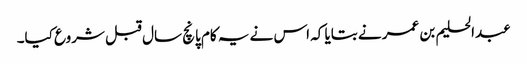
عبدالحلیم بن عمر نے بتایا کہ اس نے یہ کام پانچ سال قبل شروع کیا۔